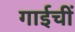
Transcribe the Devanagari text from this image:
गाईचीं